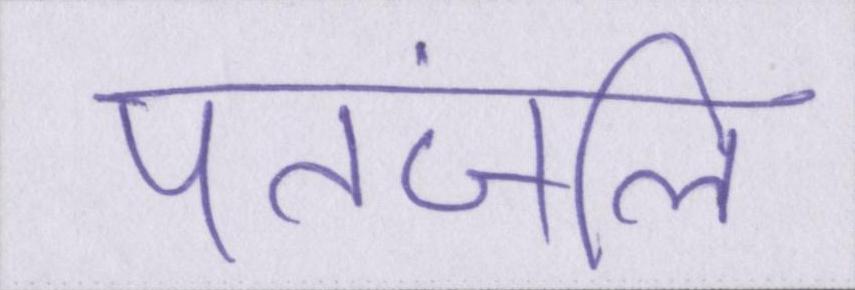
पतंजलि